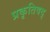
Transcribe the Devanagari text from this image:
प्रकृतिवद्